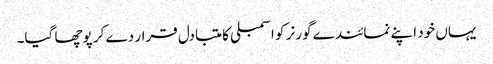
یہاں خود اپنے نمائندے گورنر کو اسمبلی کا متبادل قرار دے کر پوچھا گیا۔